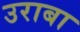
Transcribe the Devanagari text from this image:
उराबा